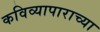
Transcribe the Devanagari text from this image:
कविव्यापाराच्या